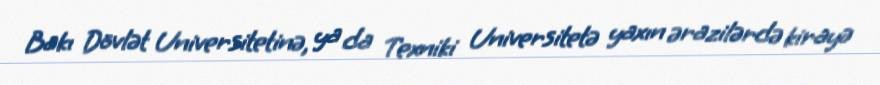
Bakı Dövlət Universitetinə, ya da Texniki Universitetə yaxın ərazilərdə kirayə